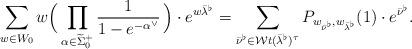
LaTeX: \begin{align*} \sum_{w \in W_0} w \Big( \prod_{\alpha \in \widetilde{\Sigma}_0^+}\frac{1}{1 - e^{-\alpha^\vee}} \, \Big) \cdot e^{w\bar{\lambda}^\flat} = \sum_{\bar{\nu}^\flat \in {\mathcal Wt}(\bar{\lambda}^\flat)^\tau} P_{w_{\bar{\nu}^\flat}, w_{\bar{\lambda}^\flat}}(1) \cdot e^{\bar{\nu}^\flat}.\end{align*}